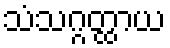
သံသဂ္ဂတ္ထာယ